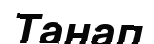
Танап